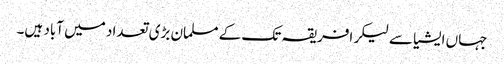
جہاں ایشیا سے لیکر افریقہ تک کے مسلمان بڑی تعداد میں آباد ہیں۔